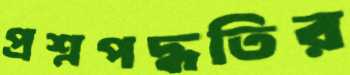
প্রশ্নপদ্ধতির